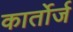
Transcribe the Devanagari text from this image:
कार्तोर्ज